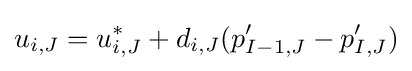
u_{i,J}=u_{i,J}^{*}+d_{i,J}(p'_{I-1,J}-p'_{I,J})